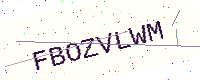
Text: FBOZVLWM